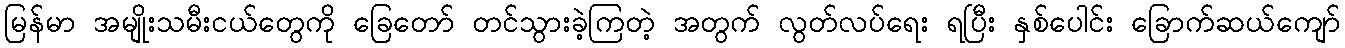
မြန်မာ အမျိုးသမီးငယ်တွေကို ခြေတော် တင်သွားခဲ့ကြတဲ့ အတွက် လွတ်လပ်ရေး ရပြီး နှစ်ပေါင်း ခြောက်ဆယ်ကျော်